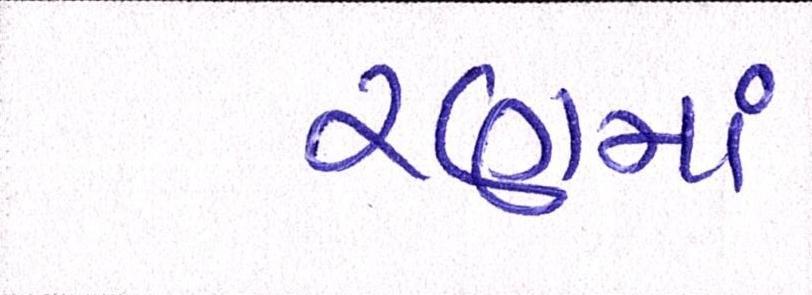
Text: રણમાં